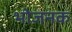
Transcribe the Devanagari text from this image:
भोजनक